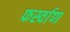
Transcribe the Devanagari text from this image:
फर्स्वाण